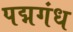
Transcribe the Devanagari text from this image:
पद्मगंध